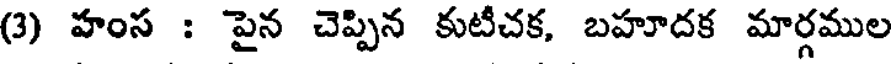
(3) హంస : పైన చెప్పిన కుటీచక, బహూదక మార్గముల